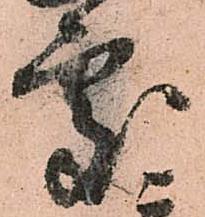
處